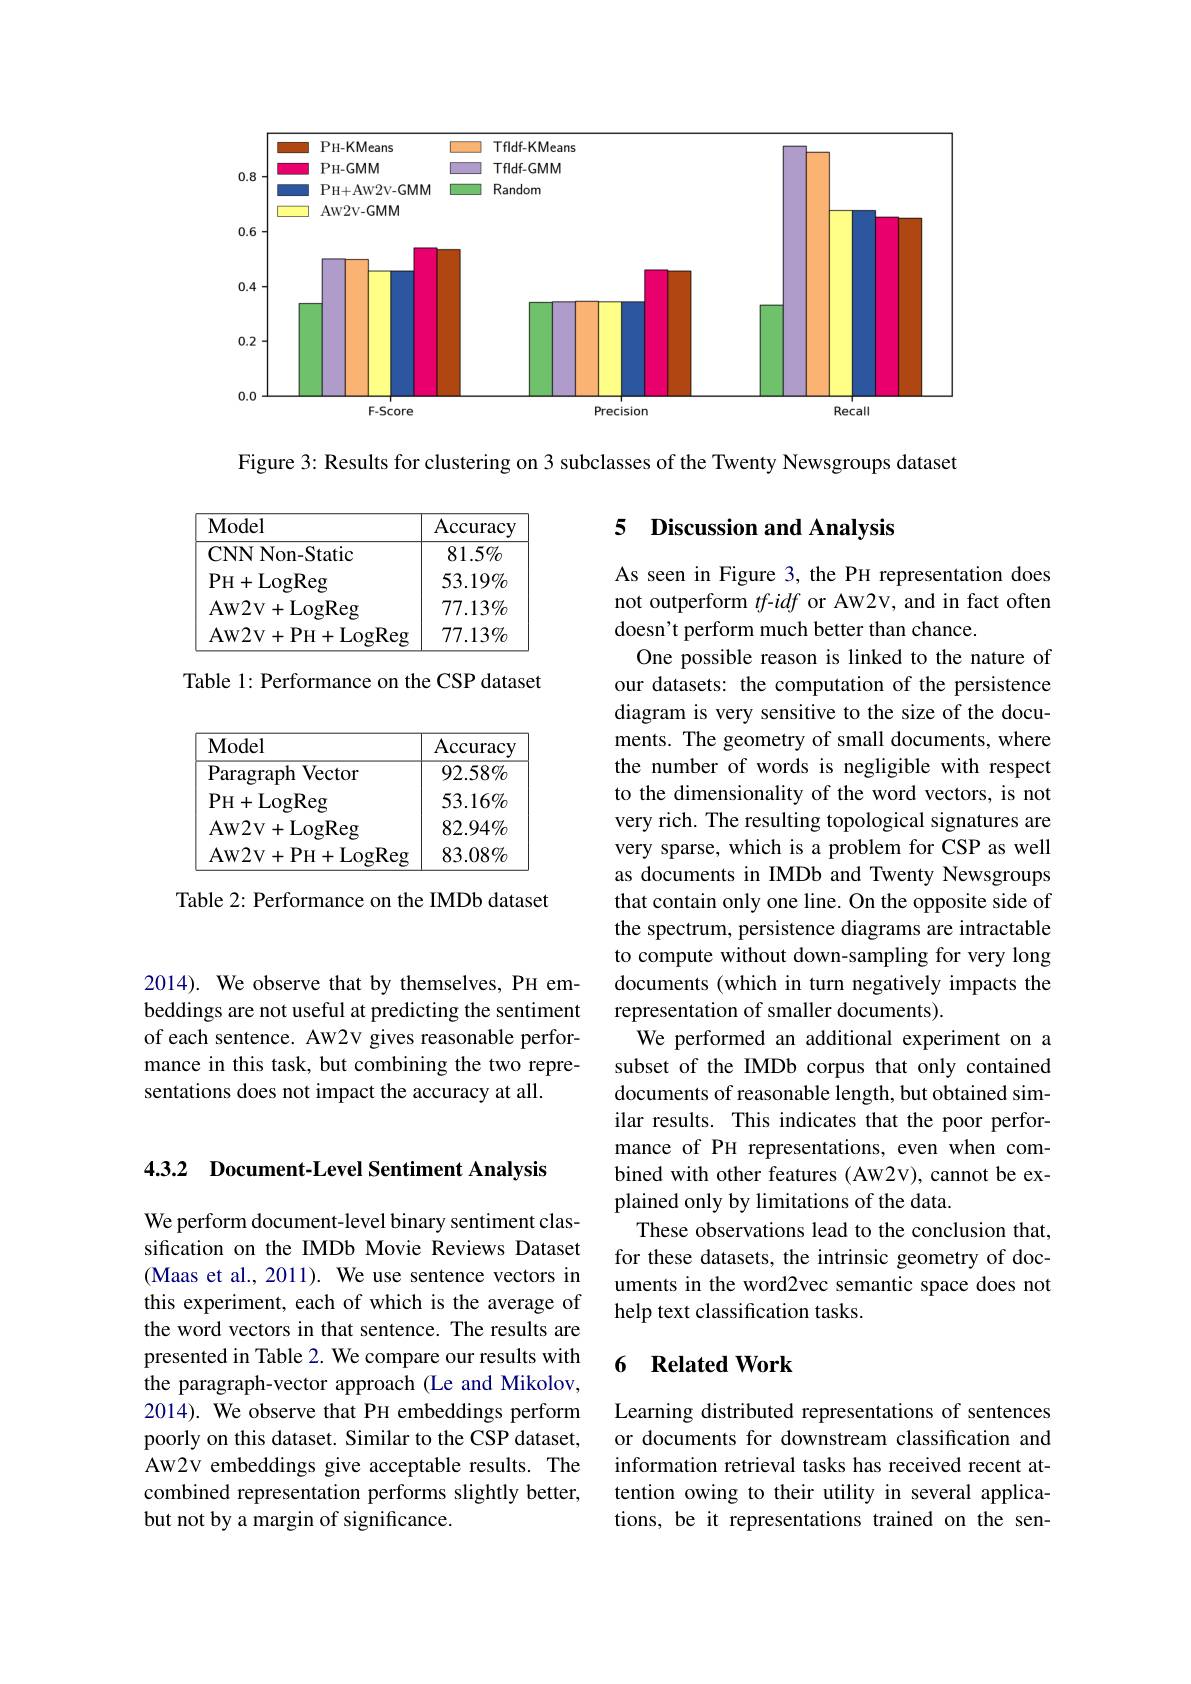
<FigureHere>

Figure 3: Results for clustering on 3 subclasses of the Twenty Newsgroups dataset

## 5 Discussion and Analysis

<table>
	<tbody>
		<tr>
			<th>$\mathbf{Model}$</th>
			<th>Accuracy</th>
		</tr>
		<tr>
			<td>CNN Non- Static</td>
			<td>$81.5\%$</td>
		</tr>
		<tr>
			<td>PH+ LogReg</td>
			<td>$53.19\%$</td>
		</tr>
		<tr>
			<td>AW2V+ LogReg</td>
			<td>$77.13\%$</td>
		</tr>
		<tr>
			<td>AW2V+ PH+ LogReg</td>
			<td>$77.13\%$</td>
		</tr>
	</tbody>
</table>

Table 1: Performance on the CSP dataset

<table>
	<tbody>
		<tr>
			<th>$\mathbf{Model}$</th>
			<th>Accuracy</th>
		</tr>
		<tr>
			<td>${\mathrm{Paragraph}}$ Vector</td>
			<td>$92.58\%$</td>
		</tr>
		<tr>
			<td>PH+ LogReg</td>
			<td>$53.16\%$</td>
		</tr>
		<tr>
			<td>AW2V+ LogReg</td>
			<td>$82.94\%$</td>
		</tr>
		<tr>
			<td>Aw2v+ PH+ LogReg</td>
			<td>$83.08\%$</td>
		</tr>
	</tbody>
</table>

Table 2: Performance on the IMDb dataset

As seen in Figure 3, the PH representation does not outperform $tf$-idf or AW2v, and in fact often doesn't perform much better than chance.
One possible reason is linked to the nature of our datasets: the computation of the persistence diagram is very sensitive to the size of the documents. The geometry of small documents, where the number of words is negligible with respect to the dimensionality of the word vectors, is not very rich. The resulting topological signatures are very sparse, which is a problem for CSP as well as documents in IMDb and Twenty Newsgroups that contain only one line. On the opposite side of the spectrum, persistence diagrams are intractable to compute without down-sampling for very long documents (which in turn negatively impacts the representation of smaller documents).
We performed an additional experiment on a subset of the IMDb corpus that only contained documents of reasonable length, but obtained similar results. This indicates that the poor performance of PH representations, even when combined with other features (AW2v), cannot be explained only by limitations of the data.
These observations lead to the conclusion that, for these datasets, the intrinsic geometry of documents in the word2vec semantic space does not help text classification tasks.

2014). We observe that by themselves, PH embeddings are not useful at predicting the sentiment of each sentence. Aw2v gives reasonable performance in this task, but combining the two representations does not impact the accuracy at all.

4.3.2 Document-Level Sentiment Analysis

### 6 Related Work

We perform document-level binary sentiment classification on the IMDb Movie Reviews Dataset (Maas et al., 2011). We use sentence vectors in this experiment, each of which is the average of the word vectors in that sentence. The results are presented in Table 2. We compare our results with the paragraph-vector approach (Le and Mikolov, 2014). We observe that PH embeddings perform poorly on this dataset. Similar to the CSP dataset, Aw2v embeddings give acceptable results. The combined representation performs slightly better, but not by a margin of significance.

Learning distributed representations of sentences or documents for downstream classification and information retrieval tasks has received recent attention owing to their utility in several applications, be it representations trained on the sen-